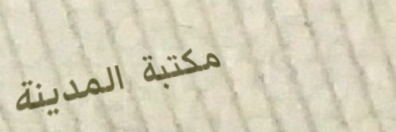
مكتبة المدينة